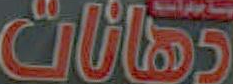
دهانات